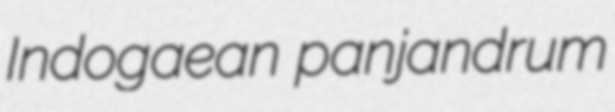
Indogaean panjandrum